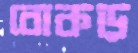
বোকড়